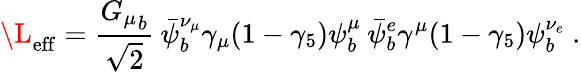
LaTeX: \L_{\mathrm{eff}}={\frac{{G_{\mu}}_{b}}{\sqrt 2}}\: \bar{\psi}_{b}^{\nu_{\mu}}\gamma_{\mu}(1-\gamma_{5})\psi_{b}^{\mu}\: \bar{\psi}_{b}^{e}\gamma^{\mu}(1-\gamma_{5})\psi_{b}^{\nu_{e}}~.